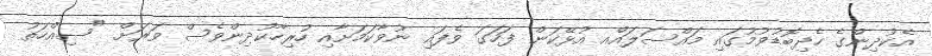
އެކުދިންގެ ހެދިބޮޑުވުމުގައި މައްސަލައެްއ އުޅޭކަން ފަހަގަ ވެފައި ނުވާކަމަށާއި ހުރިހާކުދިންވެސް ވަރަށް "ސިއްހަތު